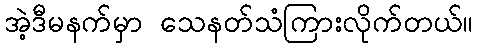
အဲ့ဒီမနက်မှာ သေနတ်သံကြားလိုက်တယ်။